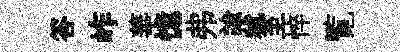
答岞華憶弗諭秫至悴覧